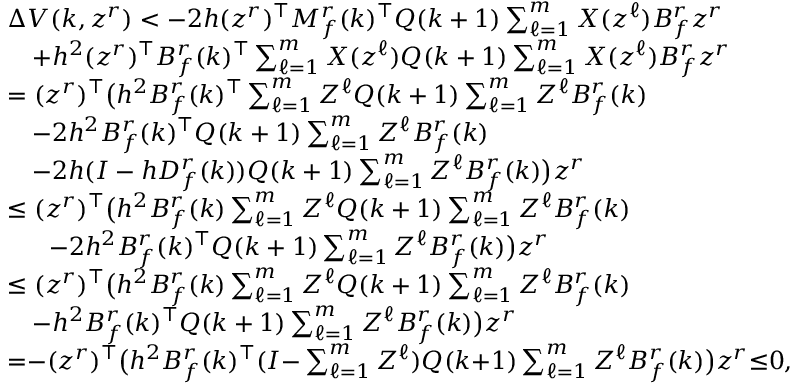
\begin{array} { r l } & { \Delta V ( k , z ^ { r } ) < - 2 h ( z ^ { r } ) ^ { \top } M _ { f } ^ { r } ( k ) ^ { \top } Q ( k + 1 ) \textstyle \sum _ { \ell = 1 } ^ { m } X ( z ^ { \ell } ) B _ { f } ^ { r } z ^ { r } } \\ & { ~ ~ ~ + h ^ { 2 } ( z ^ { r } ) ^ { \top } B _ { f } ^ { r } ( k ) ^ { \top } \textstyle \sum _ { \ell = 1 } ^ { m } X ( z ^ { \ell } ) Q ( k + 1 ) \textstyle \sum _ { \ell = 1 } ^ { m } X ( z ^ { \ell } ) B _ { f } ^ { r } z ^ { r } } \\ & { = ( z ^ { r } ) ^ { \top } \big ( h ^ { 2 } B _ { f } ^ { r } ( k ) ^ { \top } \textstyle \sum _ { \ell = 1 } ^ { m } Z ^ { \ell } Q ( k + 1 ) \textstyle \sum _ { \ell = 1 } ^ { m } Z ^ { \ell } B _ { f } ^ { r } ( k ) } \\ & { ~ ~ ~ - 2 h ^ { 2 } B _ { f } ^ { r } ( k ) ^ { \top } Q ( k + 1 ) \textstyle \sum _ { \ell = 1 } ^ { m } Z ^ { \ell } B _ { f } ^ { r } ( k ) } \\ & { ~ ~ ~ - 2 h ( I - h D _ { f } ^ { r } ( k ) ) Q ( k + 1 ) \textstyle \sum _ { \ell = 1 } ^ { m } Z ^ { \ell } B _ { f } ^ { r } ( k ) \big ) z ^ { r } } \\ & { \leq ( z ^ { r } ) ^ { \top } \big ( h ^ { 2 } B _ { f } ^ { r } ( k ) \textstyle \sum _ { \ell = 1 } ^ { m } Z ^ { \ell } Q ( k + 1 ) \textstyle \sum _ { \ell = 1 } ^ { m } Z ^ { \ell } B _ { f } ^ { r } ( k ) } \\ & { ~ ~ ~ ~ ~ - 2 h ^ { 2 } B _ { f } ^ { r } ( k ) ^ { \top } Q ( k + 1 ) \textstyle \sum _ { \ell = 1 } ^ { m } Z ^ { \ell } B _ { f } ^ { r } ( k ) \big ) z ^ { r } } \\ & { \leq ( z ^ { r } ) ^ { \top } \big ( h ^ { 2 } B _ { f } ^ { r } ( k ) \textstyle \sum _ { \ell = 1 } ^ { m } Z ^ { \ell } Q ( k + 1 ) \textstyle \sum _ { \ell = 1 } ^ { m } Z ^ { \ell } B _ { f } ^ { r } ( k ) } \\ & { ~ ~ ~ - h ^ { 2 } B _ { f } ^ { r } ( k ) ^ { \top } Q ( k + 1 ) \textstyle \sum _ { \ell = 1 } ^ { m } Z ^ { \ell } B _ { f } ^ { r } ( k ) \big ) z ^ { r } } \\ & { { = } { - } ( z ^ { r } ) ^ { \top } \big ( h ^ { 2 } B _ { f } ^ { r } ( k ) ^ { \top } ( I { - } \textstyle \sum _ { \ell = 1 } ^ { m } Z ^ { \ell } ) Q ( k { + } 1 ) \textstyle \sum _ { \ell { = } 1 } ^ { m } Z ^ { \ell } B _ { f } ^ { r } ( k ) \big ) z ^ { r } { \leq } 0 , } \end{array}